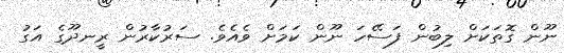
ނޫން ގޮތަކަށް ލިބުން ފަސޭހަ ނޫން ކަމަށް ވެއެވެ. ސަރުކާރުން ރީނދޫގެ އަގު